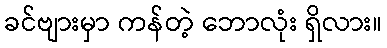
ခင်ဗျားမှာ ကန်တဲ့ ဘောလုံး ရှိလား။